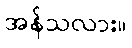
အန်သလား။